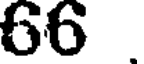
66